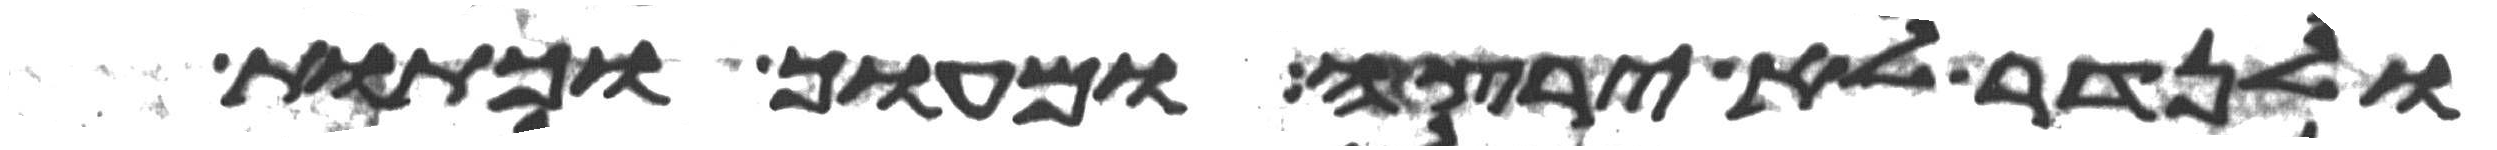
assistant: ולנדר לא ירצה ומעוך וכתות